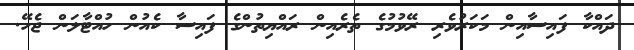
ދައްކާ ފައިސާއިން މަކަރުވެރި ރޭވުމުގެ ތެރެއިން ރައްޔިތުންގެ ފައިސާ ކެއުން ހުއްޓާލަން ޖެހޭ.